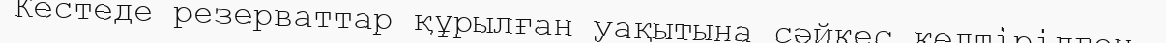
Кестеде резерваттар құрылған уақытына сәйкес келтірілген.